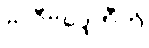
ဗလီဗဒ္ဒေဟီတိ